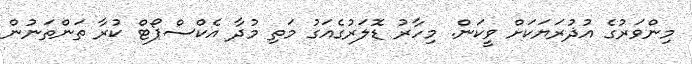
މިންވަރުގެ އުޛުރަޔަކަށް ވީކަން. މިހާރު ޑޮލަރުގެއަގު މަތި މުދާ އެކްސްޕޯޓް ކުރާ ތަންތަނުން